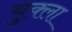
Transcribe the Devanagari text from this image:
युक्ला